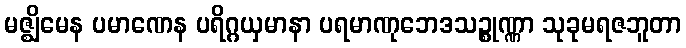
မဇ္ဈိမေန ပမာဏေန ပရိဂ္ဂယှမာနာ ပရမာဏုဘေဒသဉ္စုဏ္ဏာ သုခုမရဇဘူတာ